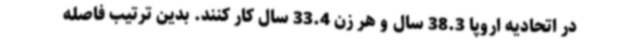
در اتحادیه اروپا 38.3 سال و هر زن 33.4 سال کار کنند. بدین ترتیب فاصله